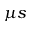
\mu s